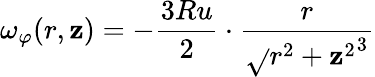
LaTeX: \omega_{\varphi}(r,\mathbf{z})=-{\frac{{3Ru}}{{2}}}\cdot{\frac{{r}}{{{\sqrt{}{{r^{2}+\mathbf{z}^{2}}}}^{3}}}}